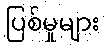
ပြစ်မှုများ